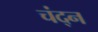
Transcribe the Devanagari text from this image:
चंद्न